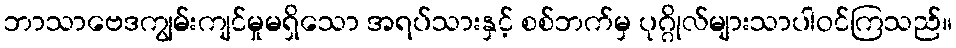
ဘာသာဗေဒကျွမ်းကျင်မှုမရှိသော အရပ်သားနှင့် စစ်ဘက်မှ ပုဂ္ဂိုလ်များသာပါဝင်ကြသည်။